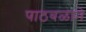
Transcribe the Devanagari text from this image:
पाठबळाने